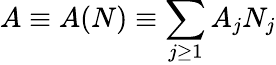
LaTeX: A\equiv A(N)\equiv\sum_{j\geq 1}A_{j}N_{j}